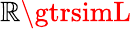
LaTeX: \mathbb{R}\gtrsimL